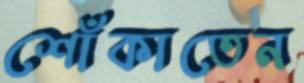
শোঁকাতেন